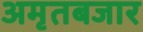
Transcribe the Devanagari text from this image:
अमृतबजार